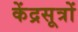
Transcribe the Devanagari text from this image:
केंद्रसूत्रों